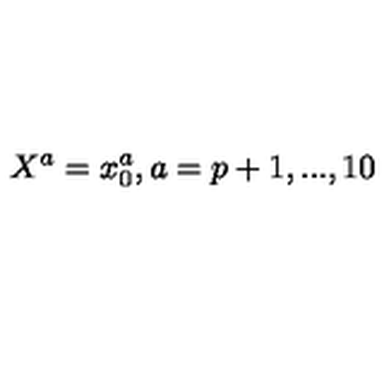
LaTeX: X ^ { a } = x _ { 0 } ^ { a } , a = p + 1 , . . . , 1 0